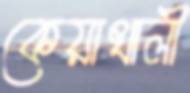
কেয়াখালী